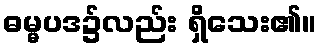
ဓမ္မပဒ၌လည်း ရှိသေး၏။